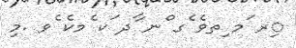
ިރ ަމ ިތވެ ެގ ްނ ާދ ަކ ެމކެ ެވ .މި